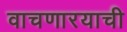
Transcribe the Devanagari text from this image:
वाचणारयाची